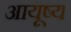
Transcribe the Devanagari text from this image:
आयूष्य